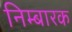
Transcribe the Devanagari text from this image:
निम्बारक